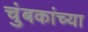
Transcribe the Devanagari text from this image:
चुंबकांच्या